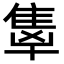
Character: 𬯭